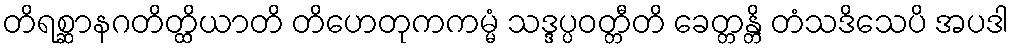
တိရစ္ဆာနဂတိတ္ထိယာတိ တိဟေတုကကမ္မံ သဒ္ဒပ္ပဝတ္တီတိ ခေတ္တန္တိ တံသဒိသေပိ အပဒါ